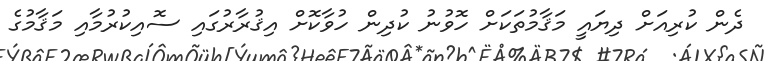
ދެން ކުރިއަށް ދިޔައީ މަޤާމުތަކަށް ހޮވުނު ކުދިން ހުވާކޮށް އިޤުރާރުގައި ސޮއިކުރުމާއި މަޤާމުގެ